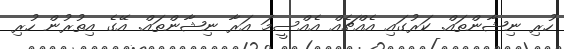
ހުރި ނިޝާންތައް. ކަރުގައި އެއްޗެއް އެއްސީމަ އަރާ ނިޝާންތައް. އޭގެ އިތުރުން ހުރި